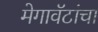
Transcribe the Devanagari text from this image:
मेगावॅटांचा